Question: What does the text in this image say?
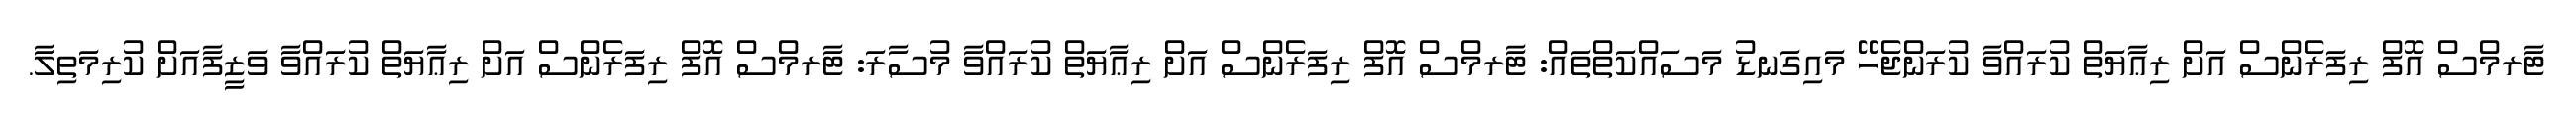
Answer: ޓާރމްސް އޮފް ރިފަރެންސް އަށް ރިޢާޔަތް ކުރައްވާ ކުރަންޖެހޭ މައިގަނޑު މަސައްކަތްތައް: ޓާރމްސް އޮފް ރިފަރެންސް އަށް ރިޢާޔަތް ކުރައްވާ މުސާރަ: ޓާރމްސް އޮފް ރިފަރެންސް އަށް ރިޢާޔަތް ކުރައްވާ ވަޒީފާއަށް ކުރިމަތިލާ.